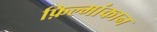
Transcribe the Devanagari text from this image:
फ़िल्मांकान